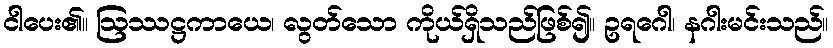
ငါပေး၏။ ဩဿဋ္ဌကာယေ၊ လွတ်သော ကိုယ်ရှိသည်ဖြစ်၍။ ဥရဂေါ၊ နဂါးမင်းသည်။